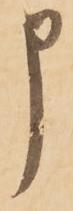
申